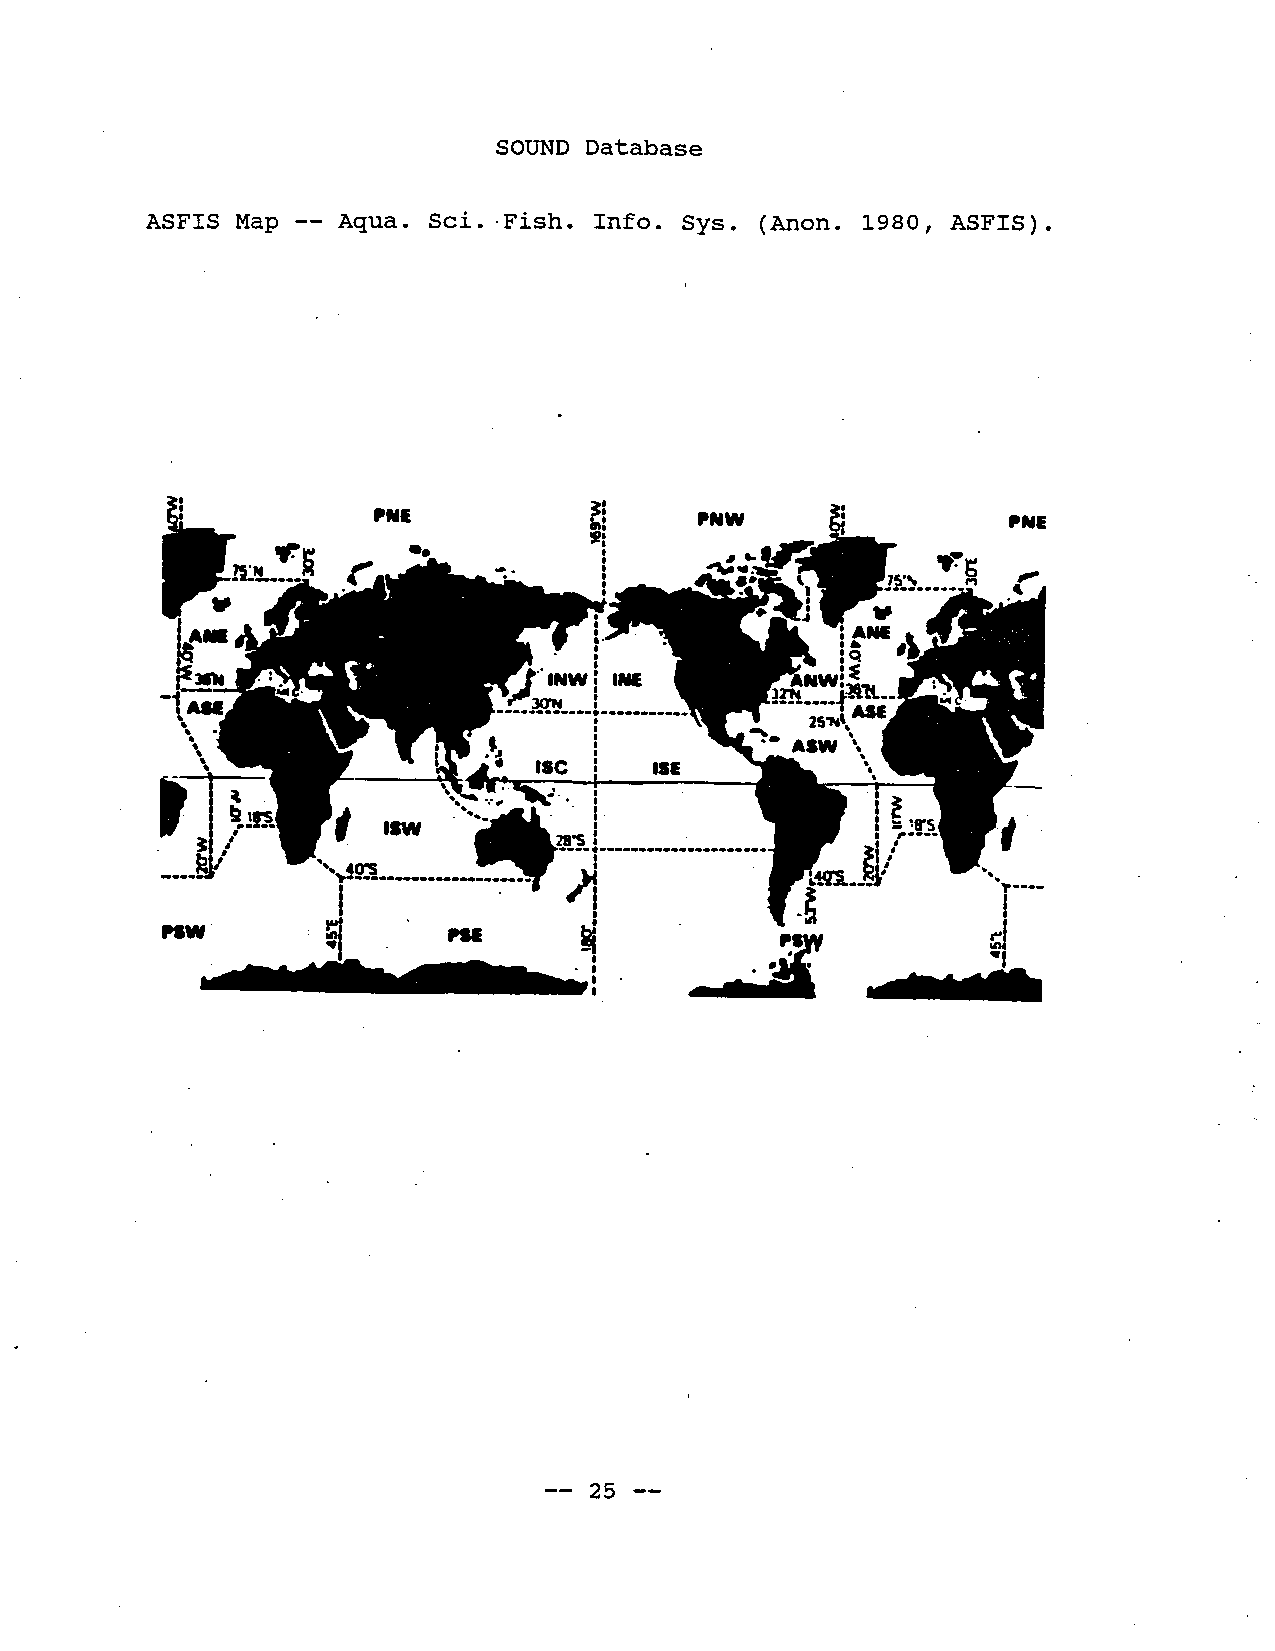
SOUND Database
 ASFIS Map -- Aqua. Sci. .Fish. Info. Sys. (Anon. 1980, ASFIS).
 liNE                                      IINI
 ~~~~
 ~:
 -1 ,A M.
 ,
 ,,
 ,                     ISC   ISI
 ,,
 ,  ;in    ".    40"        i
 ,  l /
 t IIW \,'.~:; '~.L__________.
 '.
 _... $a /                                              .~_..-
 ..
 l-.....---...-.----~--.. ~
 ~     ..       ~                            i
 PSW                                                    d
 :    -"
 .1
 i
 -- 25 --